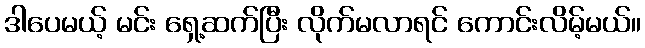
ဒါပေမယ့် မင်း ရှေ့ဆက်ပြီး လိုက်မလာရင် ကောင်းလိမ့်မယ်။